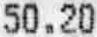
50.20